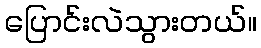
ပြောင်းလဲသွားတယ်။